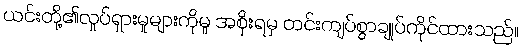
ယင်းတို့၏လှုပ်ရှားမှုများကိုမူ အစိုးရမှ တင်းကျပ်စွာချုပ်ကိုင်ထားသည်။